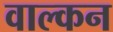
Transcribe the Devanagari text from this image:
वाल्कन